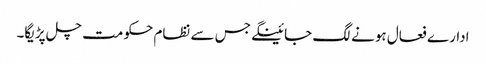
ادارے فعال ہونے لگ جائینگے جس سے نظام حکومت چل پڑیگا۔